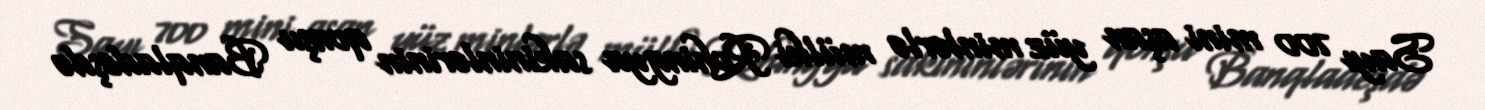
Sayı 700 mini aşan yüz minlərlə mülki Rohingya sakininlərinin qonşu Banqladeşdə